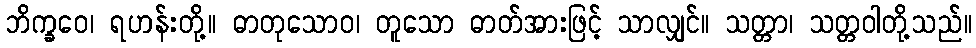
ဘိက္ခဝေ၊ ရဟန်းတို့။ ဓာတုသောဝ၊ တူသော ဓာတ်အားဖြင့် သာလျှင်။ သတ္တာ၊ သတ္တဝါတို့သည်။